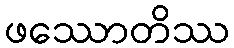
ဖဿောတိဿ